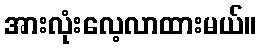
အားလုံးလေ့လာထားမယ်။